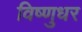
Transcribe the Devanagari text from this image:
विष्णुधर